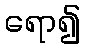
ရော၍